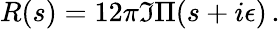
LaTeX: R(s)=12\pi\Im\Pi(s+i\epsilon)\, .